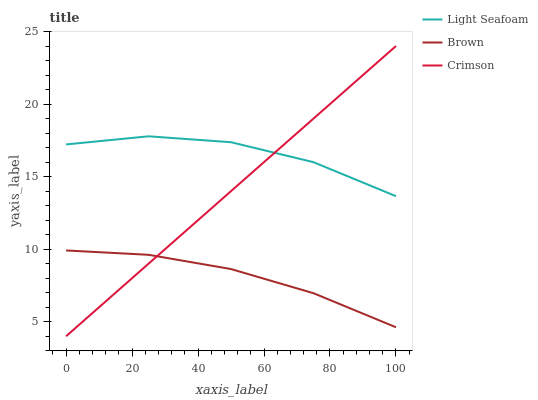
| xaxis_label | Light Seafoam | Brown | Crimson |
 | --- | --- | --- | --- |
 | 0 | 17.2 | 9.92 | 4 |
 | 25 | 17.8 | 9.62 | 9.01 |
 | 50 | 17.4 | 8.64 | 14 |
 | 75 | 16 | 6.97 | 19 |
 | 100 | 13.7 | 4.62 | 24 |